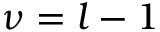
\nu = l - 1